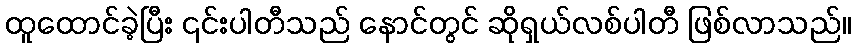
ထူထောင်ခဲ့ပြီး ၎င်းပါတီသည် နောင်တွင် ဆိုရှယ်လစ်ပါတီ ဖြစ်လာသည်။